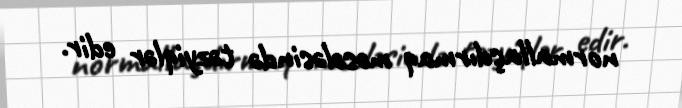
normallaşdırmaq məsələsində təzyiqlər edir.